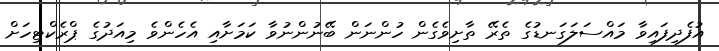
އުފެދިފައިވާ މައްސަލަގަނޑުގެ ތެރޭ ތާށިވެގެން ހުންނަން ބޭނުންނުވާ ކަމަށާއި އެހެންވެ މިއަދުގެ ޕްރެކްޓިހަށް